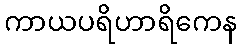
ကာယပရိဟာရိကေန